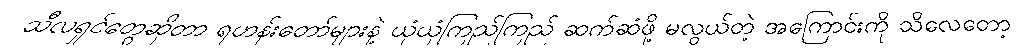
သီလရှင်တွေဆိုတာ ရဟန်းတော်များနဲ့ ယုံယုံကြည်ကြည် ဆက်ဆံဖို့ မလွယ်တဲ့ အကြောင်းကို သိလေတော့